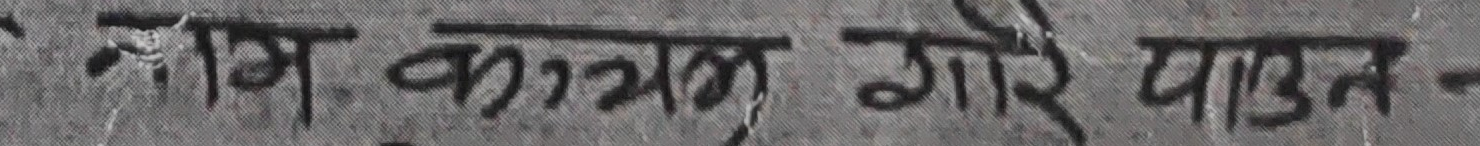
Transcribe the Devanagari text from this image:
राम कल्याण गोरे पाउन